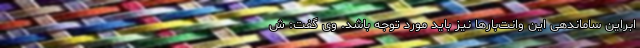
ابراین ساماندهی این وانت‌بارها نیز باید مورد توجه باشد. وی گفت: ش